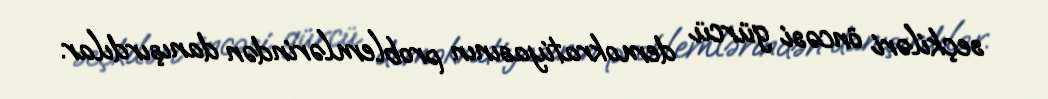
seçkiləri öncəsi gürcü demokratiyasının problemlərindən danışırdılar.